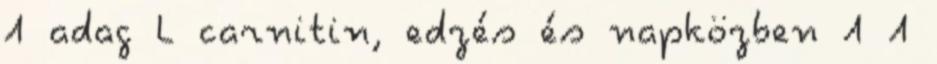
1 adag L carnitin, edzés és napközben 1 1